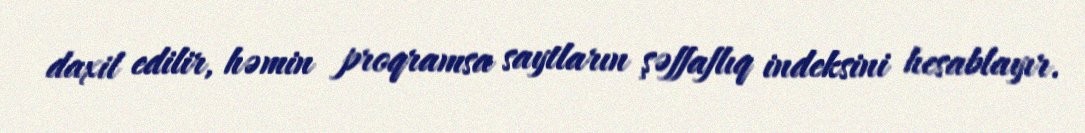
daxil edilir, həmin proqramsa saytların şəffaflıq indeksini hesablayır.